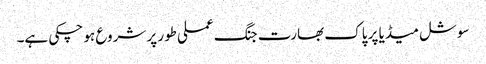
سوشل میڈیا پر پاک بھارت جنگ عملی طور پر شروع ہو چکی ہے۔